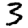
Digit: 3